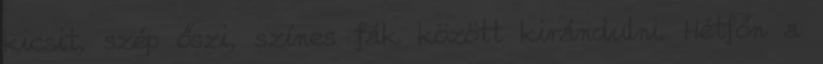
kicsit, szép őszi, színes fák között kirándulni. Hétfőn a